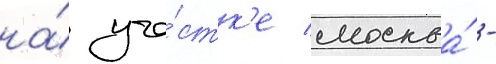
на́ уча́стк'е москва́ -